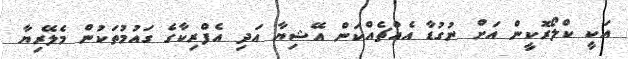
އަކީ ކްލޯރޮކީން އަށް ނުގުޑާ އެއްޗެއްކަން އޭޝިޔާ އަދި އެފްރިކާގެ ގައުމުތަކުން މެލޭރިޔާ